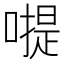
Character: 𠽮